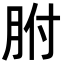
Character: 胕